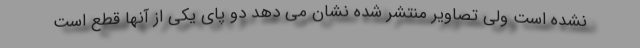
نشده است ولی تصاویر منتشر شده نشان می دهد دو پای یکی از آنها قطع است